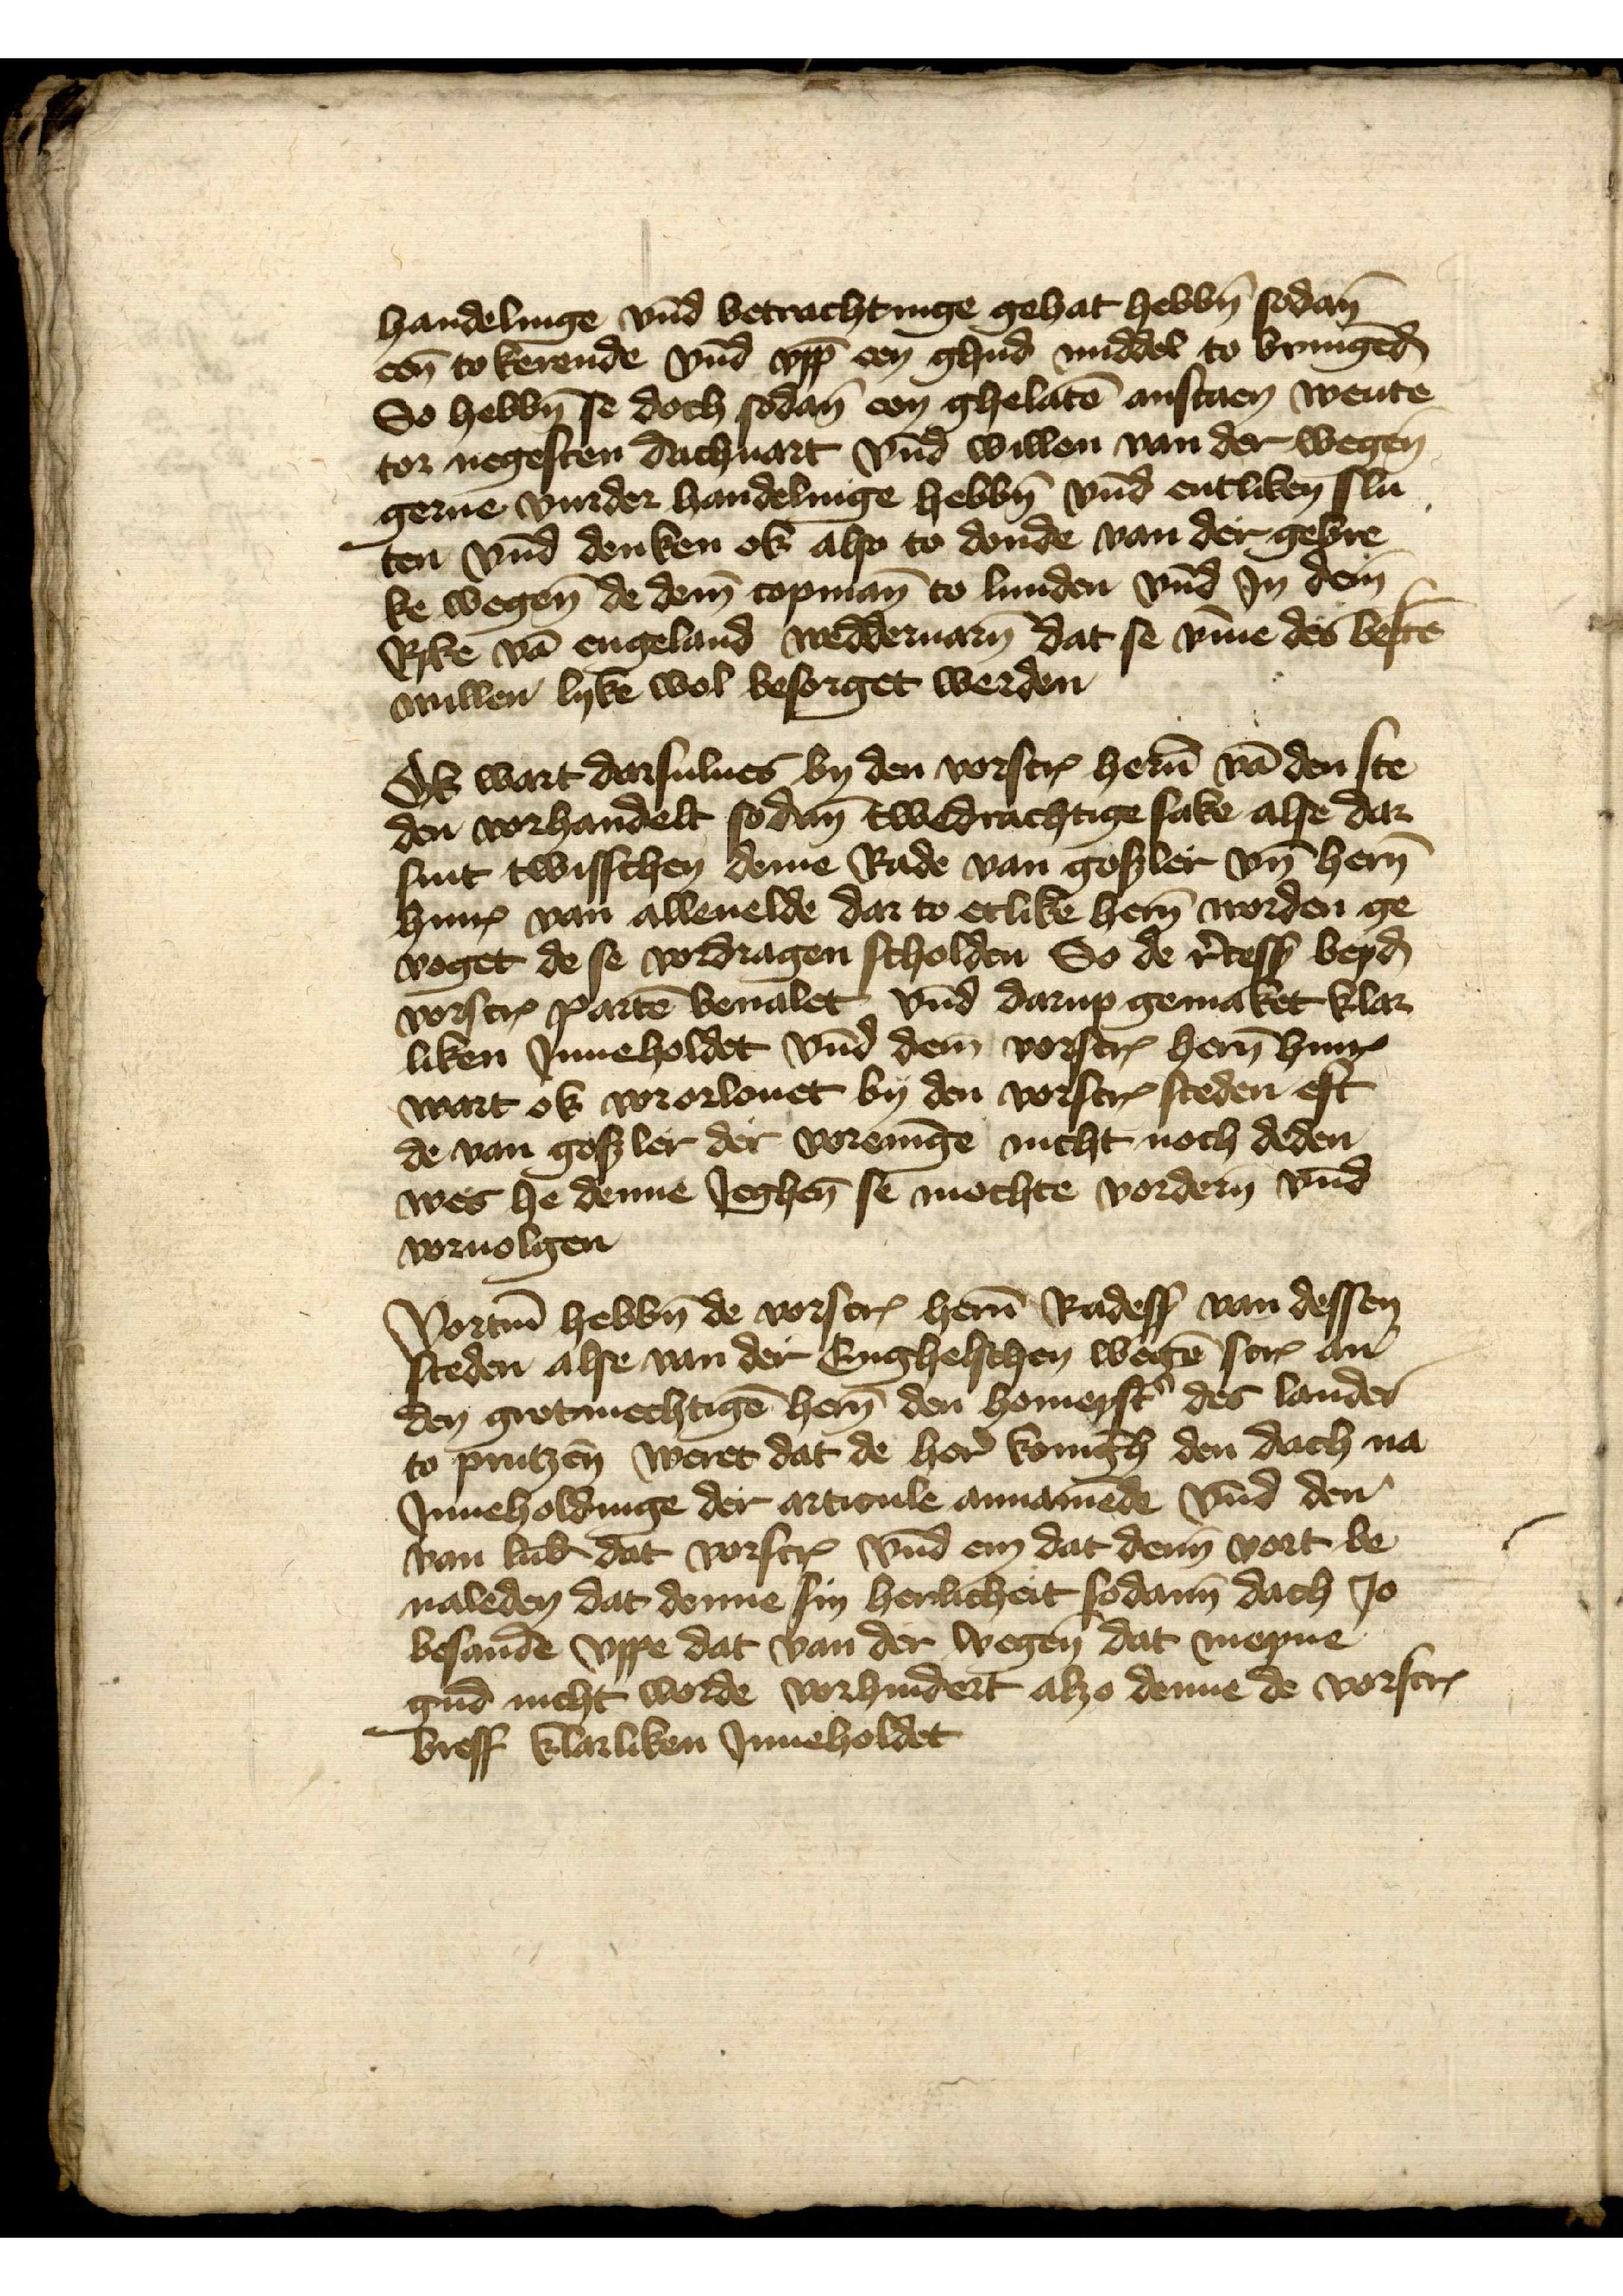
handelinge vnd betrachtinge gehat hebben sodane
eene tokerede vnd vppe een ghud middel to bringende
So hebben se doch sodane een ghelaten anstaen wente 
tor negesten dachuart vnd willen van de wegene
gerne vurder handelinge hebben vnd entliken slu¬ 
ten vnd denken ok also to donde van der gebre¬
ke wegene de deme copmann to Lunden vnd Jn deme
Rike vn Engeland werddeuaren dat se vmme des besten
willen lyke wol besorget werden

Ok wart darsulues by den vorscreuen heren van den ste¬
den vorhandelt sodane twedrachtige sake alse dar
sint twisschen deme Rade van Gosler vnd heren
Hinrick van Alleuelde dar to etlike heren worden ge¬
voget de se vodragen scholden So de recesse beyden
vorscreuen parten beualet, vnd darup gemaket klar¬
liken Jnneholdet vnd deme vorscreuen heren Hinrick
wart ok vorlouet by den voscreuen steden eft
willen lyke wol besorget werden
de van Gosler der voreninge nicht noch deden
wes he denne Jeghenn se mochte vordern vnd
voruolgen

Vortmer hebben de vorscreuen heren Radessendeboden van dessen
steden alse van der Enghelschen weten screuen an
den grotmechtigen heren den homeyster des landes
to prutzen weret dat de heren konigh den dach na
Jnneholdinge der articule annamende vnd den
van Lubeke vorscreuen vnd em dat denn vort be¬
ualeden dat denne sin herlicheit sodanne dach Jo
besande vppe dat van der wegen dat meyne
gud nicht worde vorhindert alzo denne de vorscreuen
breff klarliken Jnneholdet
voruolgen